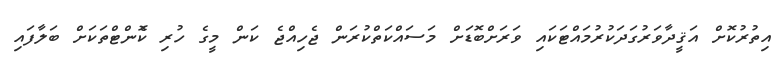
އިތުރުކޮށް އަޤީދާވަރުގަދަކުރުމައްޓަކައި ވަރަަށްބޮޑަށްް މަސައްކަތްކުރަން ޖެހިއްޖެ ކަން މީގެ ހުރި ކޮެެންޓްތަކަށް ބަލާފައި